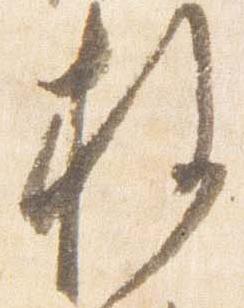
権